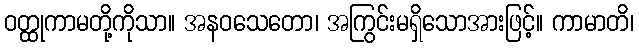
ဝတ္ထုကာမတို့ကိုသာ။ အနဝသေတော၊ အကြွင်းမရှိသောအားဖြင့်။ ကာမာတိ၊